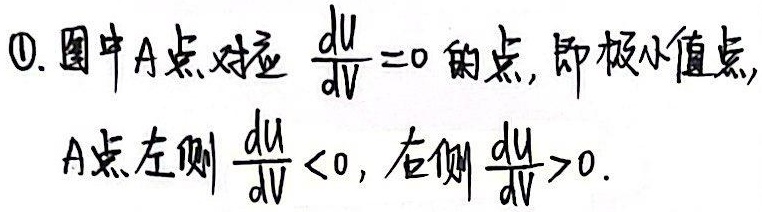
1. 图中A点对应$\frac{\mathrm{d}U}{\mathrm{d}V}=0$的点, 即极小值点, A点左侧$\frac{\mathrm{d}U}{\mathrm{d}V}<0$, 右侧$\frac{\mathrm{d}U}{\mathrm{d}V}>0$.